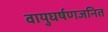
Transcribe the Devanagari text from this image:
वायुघर्षणजनित